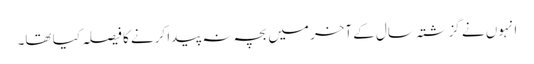
انہوں نے گزشتہ سال کے آخر میں بچہ نہ پیدا کرنے کا فیصلہ کیا تھا۔